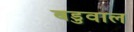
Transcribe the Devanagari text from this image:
बडुवाल